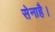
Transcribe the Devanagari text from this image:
सेनाहै।